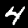
Digit: 4